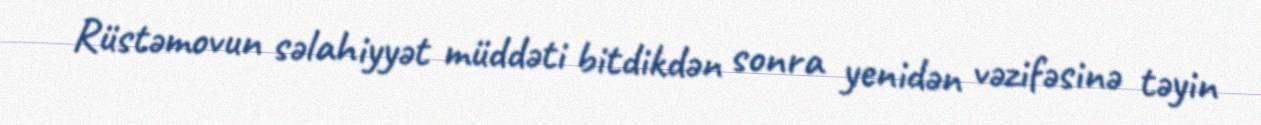
Rüstəmovun səlahiyyət müddəti bitdikdən sonra yenidən vəzifəsinə təyin